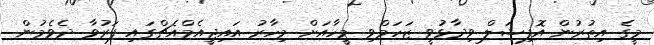
މީގެ އިތުރުން އޮފިޝަލް ވިދާޅުވީ ޒަހަމްވި މީހާއަށް މިހާރު އައިޖީއެމްއެޗްގައި ފަރުވާ ދެވެމުން